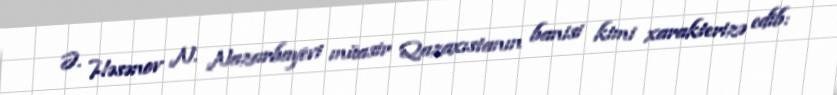
Ə. Həsənov N. Nazarbayevi müasir Qazaxıstanın banisi kimi xarakterizə edib: